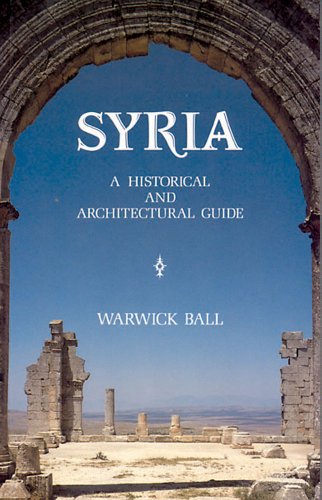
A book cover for Syria: A Historical And Architectural Guide; Warwick Ball; History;